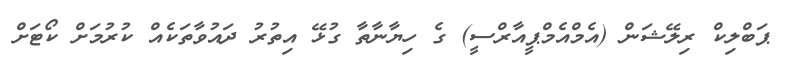
ޕަބްލިކް ރިލޭޝަން (އެމްއެމްޕީއާރްސީ) ގެ ހިޔާނާތާ ގުޅޭ އިތުރު ދައުވާތަކެއް ކުރުމަށް ކޯޓަށް